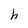
Character: h